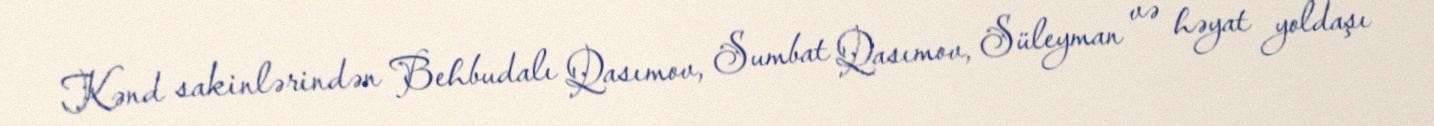
Kənd sakinlərindən Behbudalı Qasımov, Sumbat Qasımov, Süleyman və həyat yoldaşı